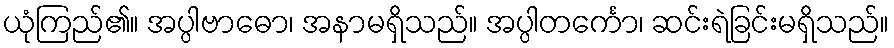
ယုံကြည်၏။ အပ္ပါဗာဓော၊ အနာမရှိသည်။ အပ္ပါတင်္ကော၊ ဆင်းရဲခြင်းမရှိသည်။